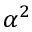
\alpha ^ { 2 }